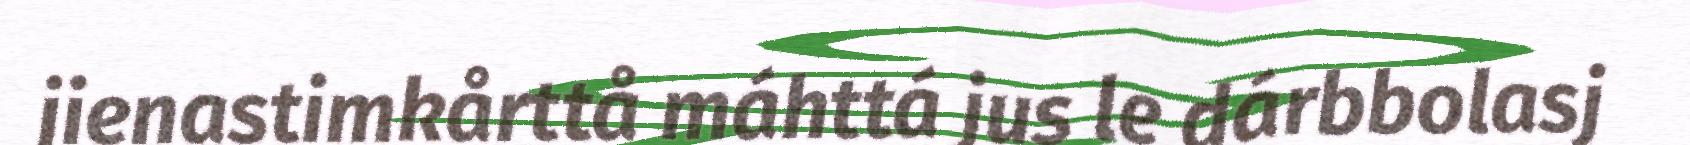
jienastimkårttå máhttá jus le dárbbolasj